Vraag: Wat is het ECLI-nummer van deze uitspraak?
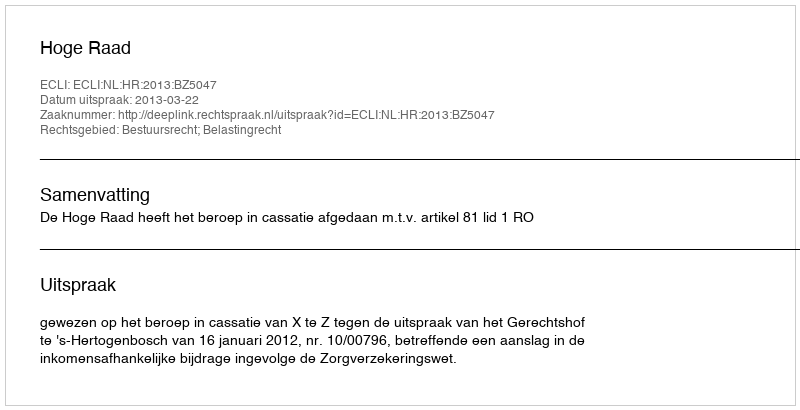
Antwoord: ECLI:NL:HR:2013:BZ5047